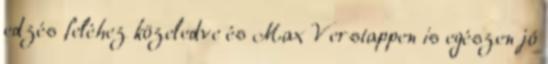
edzés feléhez közeledve és Max Verstappen is egészen jó